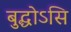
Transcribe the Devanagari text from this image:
बुद्धोऽसि